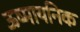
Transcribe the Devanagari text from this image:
ऊष्मायनिक